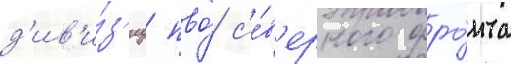
д'ив'и́з'иу пво́ с'е́в'ерного фро́нта